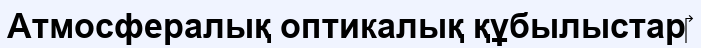
Атмосфералық оптикалық құбылыстар‎